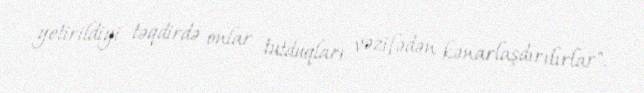
yetirildiyi təqdirdə onlar tutduqları vəzifədən kənarlaşdırılırlar".